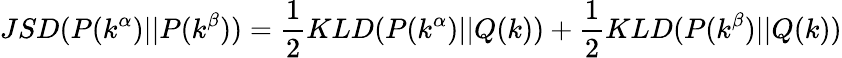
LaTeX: JSD(P(k^{\alpha})||P(k^{\beta}))=\frac{1}{2}KLD(P(k^{\alpha})||Q(k))+\frac{1}{2}KLD(P(k^{\beta})||Q(k))